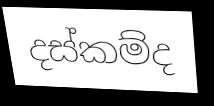
දස්කම්ද